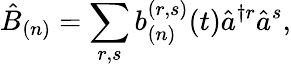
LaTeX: \hat{B}_{(n)}=\sum_{r,s}b_{(n)}^{(r,s)}(t)\hat{a}^{\dagger r}\hat{a}^{s},